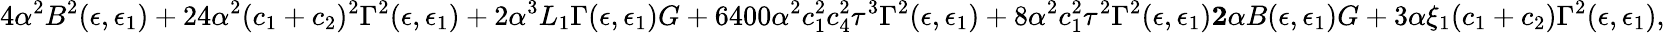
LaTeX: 4\alpha^{2}B^{2}(\epsilon,\epsilon_{1})+24\alpha^{2}(c_{1}+c_{2})^{2}\Gamma^{2}(\epsilon,\epsilon_{1})+2\alpha^{3}L_{1}\Gamma(\epsilon,\epsilon_{1})G+6400\alpha^{2}c_{1}^{2}c_{4}^{2}\tau^{3}\Gamma^{2}(\epsilon,\epsilon_{1})+8\alpha^{2}c_{1}^{2}\tau^{2}\Gamma^{2}(\epsilon,\epsilon_{1})\le 2\alpha B(\epsilon,\epsilon_{1})G+3\alpha\xi_{1}(c_{1}+c_{2})\Gamma^{2}(\epsilon,\epsilon_{1}),